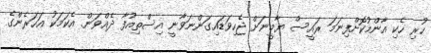
ހުރި ހެކި އާންމުކޮށްފިނަމަ ރައީސް ޔާމީނަށް ޖެހިވަޑައިގަންނަވާނީ އިސްތިއުފާ ދެއްވަން. އެކަމަކު އަހަރެންގެ